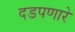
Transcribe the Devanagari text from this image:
दडपणारे